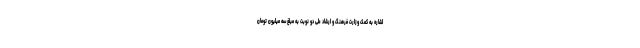
اشاره به کمک وزارت فرهنگ و ارشاد طی دو نوبت به مبلغ سه میلیون تومان